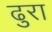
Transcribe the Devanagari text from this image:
ढुरा